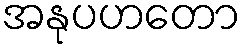
အနုပဟတော